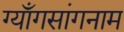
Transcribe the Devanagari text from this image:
ग्याँगसांगनाम